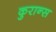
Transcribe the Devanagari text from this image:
कुरान्स